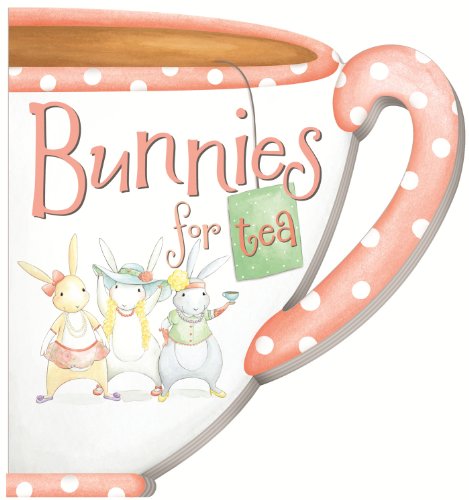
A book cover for Bunnies For Tea; Kate Stone; Children's Books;